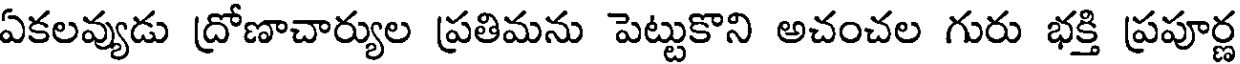
ఏకలవ్యుడు ద్రోణాచార్యుల ప్రతిమను పెట్టుకొని అచంచల గురు భక్తి ప్రపూర్ణ